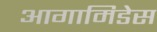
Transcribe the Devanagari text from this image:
आगामिडेस